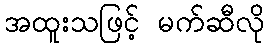
အထူးသဖြင့် မက်ဆီလို